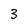
Character: 3